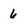
Character: 6